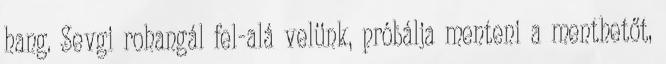
hang. Sevgi rohangál fel-alá velünk, próbálja menteni a menthetőt,